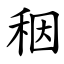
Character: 秵